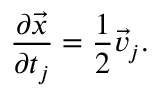
{ \frac { \partial \vec { x } } { \partial t _ { j } } } = { \frac { 1 } { 2 } } \vec { v } _ { j } .